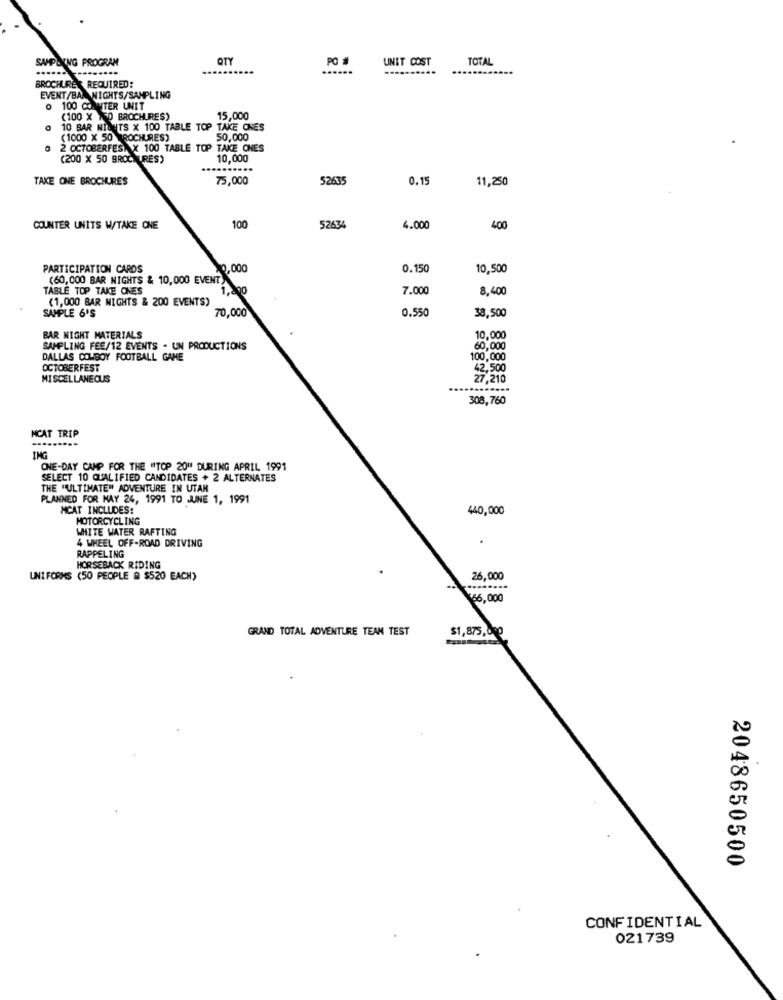
SAMPLING PROGRAM
QTY
PO #
UNIT COST
TOTAL
------
BROCHURES REQUIRED:
EVENT/BANIGHTS/SAMPLING
O 100 COAMTER UNIT
(100 X 150 BROCHURES)
15,000
10 BAR NICHTS X 100 TABLE TOP TAKE ONES
(1000 X 50
50,000
2 OCTOBERFEST X 100 TABLE TOP TAKE CHES
(200 X 50 gROC URES)
10,000
TAKE ONE BROCHURES
75,000
52635
0.15
11,250
COUNTER UNITS W/TAKE ONE
100
52634
4.000
400
PARTICIPATION CARDS
20,000
0.150
10,500
(60, 000 BAR NIGHTS & 10,000 EVENT
TABLE TOP TAKE ONES
1,200
7.000
8,400
(1,000 BAR MIGHTS & 200 EVENTS)
70,000
0.550
SAMPLE 6'S
38,500
BAR NIGHT MATERIALS
10,000
SAMPLING FEE/12 EVENTS - UN PRODUCTIONS
60,000
DALLAS COWBOY FOOTBALL GAME
100,000
OCTOBERFEST
42,500
MISCELLANEOUS
27,210
308,760
MCAT TRIP
ING
ONE-DAY CAMP FOR THE "TOP 20" DURING APRIL 1991
SELECT 10 QUALIFIED CANDIDATES + 2 ALTERNATES
THE "ULTIMATE" ADVENTURE IN UTAR
PLANNED FOR MAY 24, 1991 TO JUNE 1, 1991
MCAT INCLUDES:
440,000
MOTORCYCLING
WHITE WATER RAFTING
4 WHEEL OFF-ROAD DRIVING
RAPPELING
HORSEBACK RIDING
UNI FORMS (50 PEOPLE @ $520 EACH)
26,000
(66,000
GRAND TOTAL ADVENTURE TEAM TEST
$1,875,000
2048650500
CONFIDENTIAL
021739